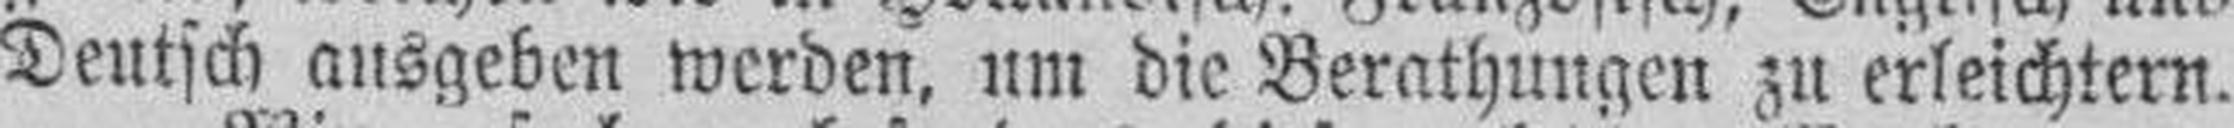
Deutsch ausgeben werden, um die Berathungen zu erleichtern.